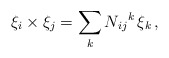
\begin{align*}\xi_i \times \xi_j = \sum_k N_{ij} {}^k \, \xi_k \,,\end{align*}